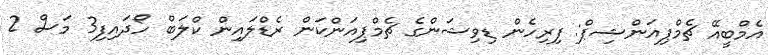
އެމްބީއޭ ޗެމްޕިއަންޝިޕް: ފިރިހެން ޑިވިޝަންގެ ޗެމްޕިއަންކަން ރެޑްލައިން ކްލަބް ހޯދައިފި3 މަސް 2